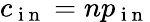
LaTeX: c_{\mathrm{~i~n~}}=np_{\mathrm{~i~n~}}